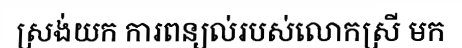
ស្រង់យក ការពន្យល់របស់លោកស្រី មក